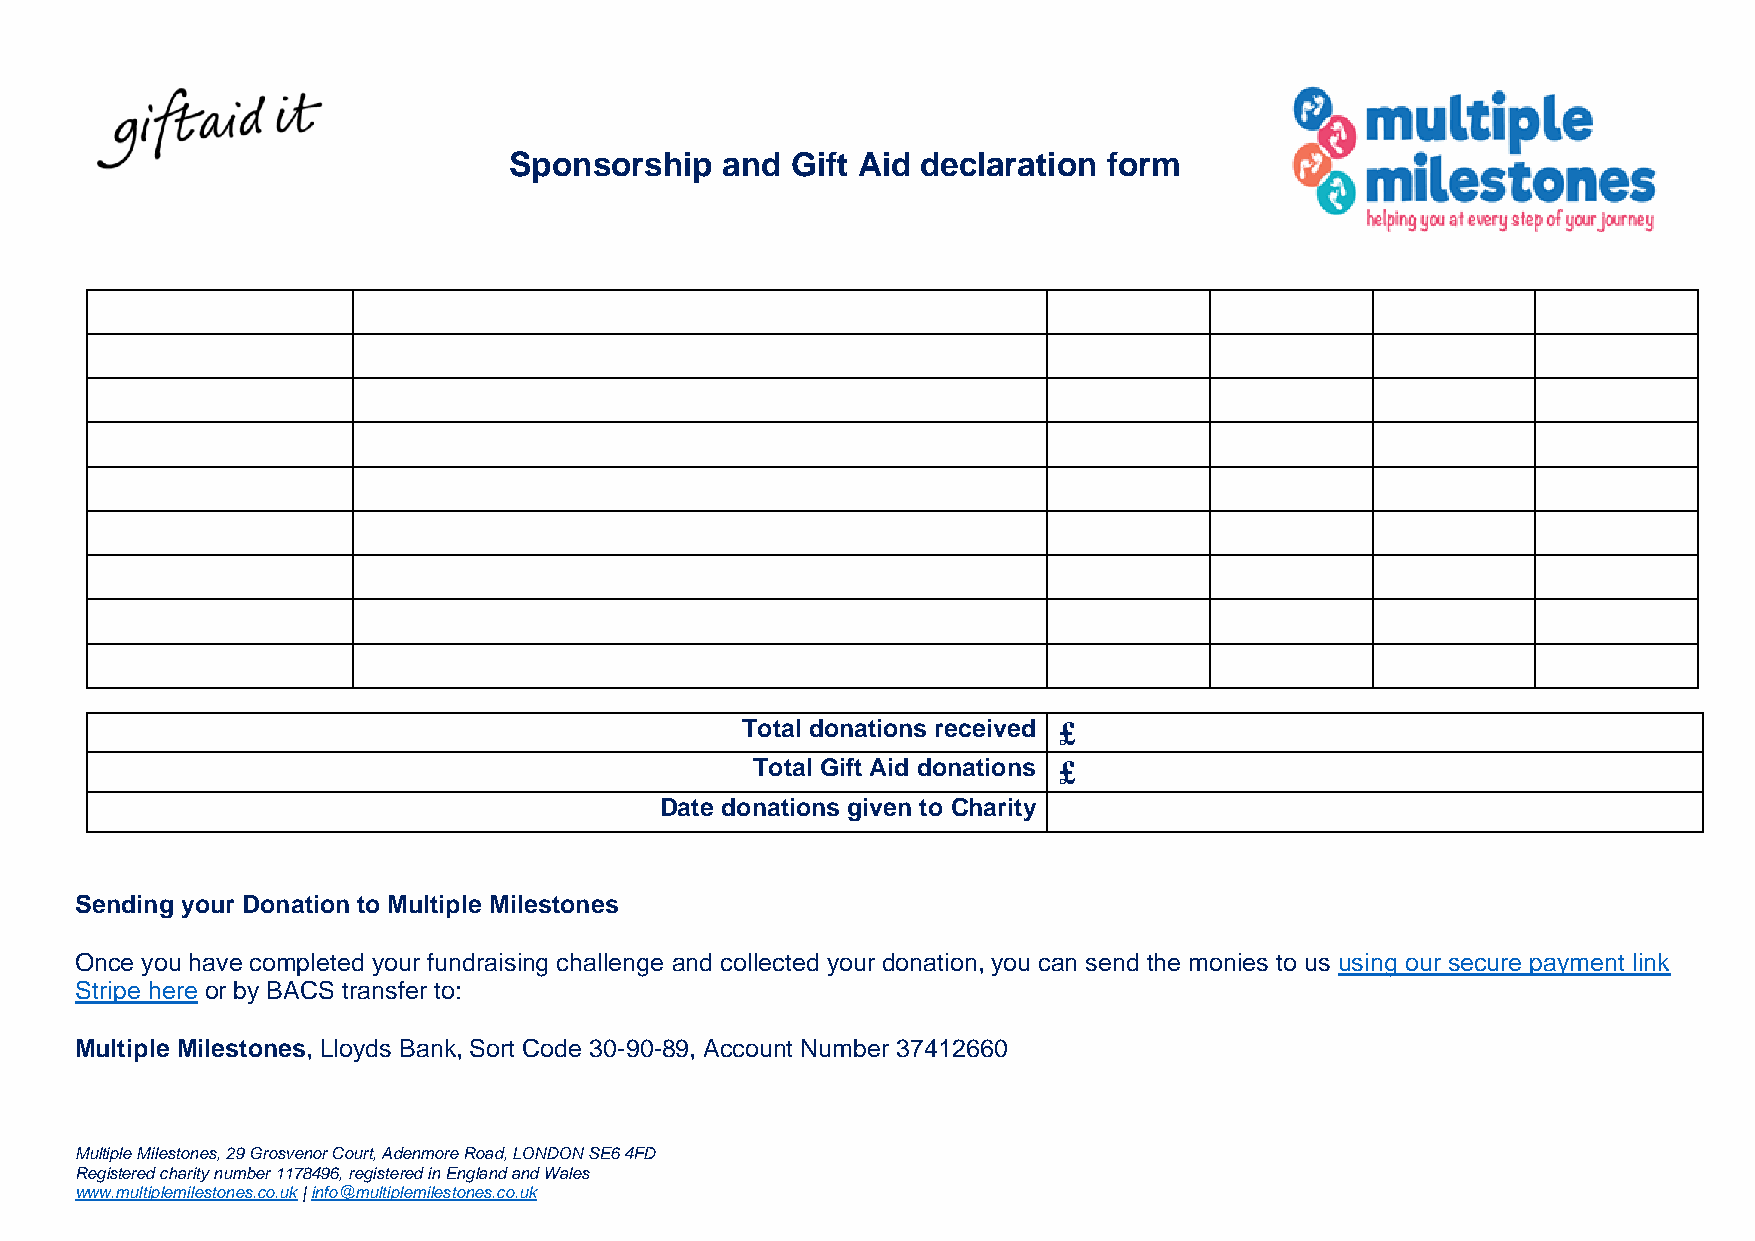
Sponsorship   and Gift Aid declaration form
 Total donations received £
 Total Gift Aid donations £
 Date donations given to Charity
 Sending your Donation to Multiple Milestones
 Once you have completed your fundraising challenge and collected your donation, you can send the monies to us using our secure payment link
 Stripe here or by BACS transfer to:
 Multiple Milestones, Lloyds Bank, Sort Code 30-90-89, Account Number 37412660
 Multiple Milestones, 29 Grosvenor Court, Adenmore Road, LONDON SE6 4FD
 Registered charity number 1178496, registered in England and Wales
 www.multiplemilestones.co.uk | info@multiplemilestones.co.uk